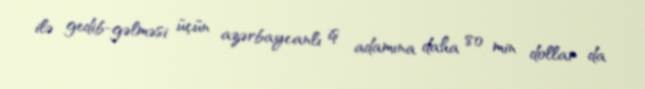
ilə gedib-gəlməsi üçün azərbaycanlı iş adamına daha 80 min dollar da